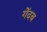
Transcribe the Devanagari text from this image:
गेंदब